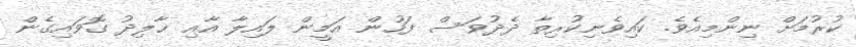
ކުރުމަށް ނިންމިއެވެ. ކައިވެނިކުރިތާ ދެދުވަސް ފަހުން އަމީން ލައިލާ އާއި ޚާލިދު ގޮވައިގެން